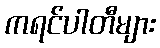
ကရင်ပါတီများ